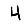
Digit: 4